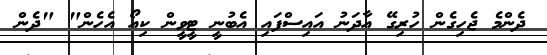
ދެންމެ ޖެހިގެން ހުރިގޭ އާދަނު އައިސްފައި އެބުނީ ޓީވީން ކިއޯ އެހެން" "ދެން